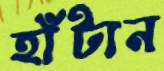
হাঁটান